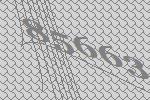
85663